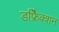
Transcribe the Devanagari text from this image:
डफ्रैिक्शन